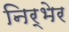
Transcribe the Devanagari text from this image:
निर्भेर